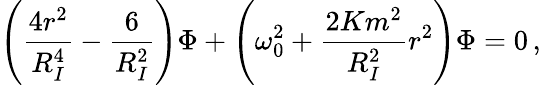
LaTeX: \left(\frac{4r^{2}}{R_{I}^{4}}-\frac{6}{R_{I}^{2}}\right)\Phi+\left(\omega_{0}^{2}+\frac{2Km^{2}}{R_{I}^{2}}r^{2}\right)\Phi=0\, ,